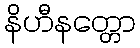
နိဟီနတ္တော